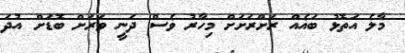
މާލެ އަތޮޅު ބައެއް ރަށްރަށަށް މިހާރު ވެސް ދަނީ ވަރަށް ބޮޑަށް އުދަ